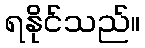
ရနိုင်သည်။